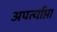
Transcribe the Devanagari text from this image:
अपर्त्याप्ता